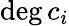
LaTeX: {\mathrm{deg}}\, c_{i}